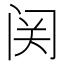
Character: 𬮦